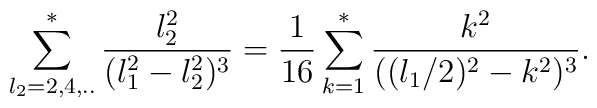
\sum^*_{l_2=2,4,..} {l_2^2\over (l_1^2-l_2^2)^3}={1\over 16}\sum^*_{k=1} {k^2\over ((l_1/2)^2-k^2)^3}.